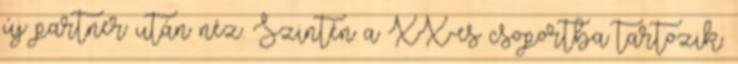
új partner után néz. Szintén a XX-es csoportba tartozik.